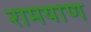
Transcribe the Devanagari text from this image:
रामयाण